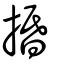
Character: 捪